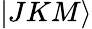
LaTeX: \vert JKM\rangle